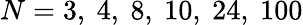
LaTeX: N=3,\ 4,\ 8,\ 10,\ 24,\ 100